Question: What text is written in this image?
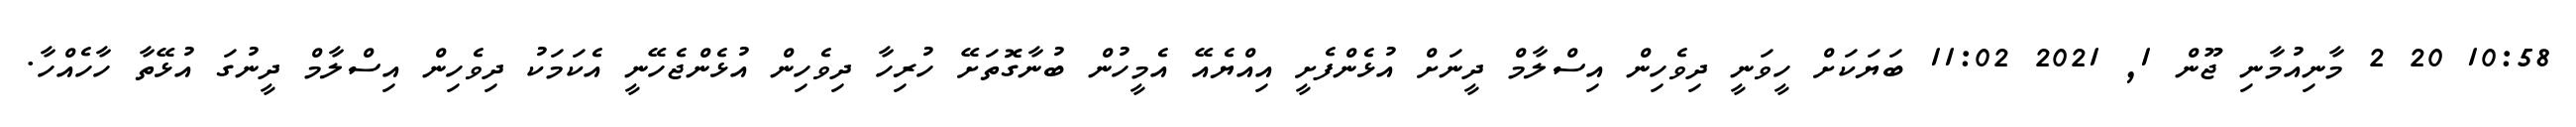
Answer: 10:58 20 2 މާނިއުމާނި ޖޫން 1, 2021 11:02 ބަޔަކަށް ހީވަނީ ދިވެހިން އިސްލާމް ދީނަށް އުޅެންފެށީ އިއްޔެއޭ އެމީހުން ބުނާގޮތަށޭ ހުރިހާ ދިވެހިން އުޅެންޖެހޭނީ އެކަމަކު ދިވެހިން އިސްލާމް ދީނުގަ އުޅޭތާ ހާހެއްހާ.